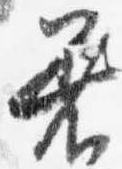
着